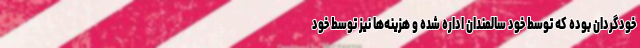
خودگردان بوده که توسط خود سالمندان اداره شده و هزینه‌ها نیز توسط خود